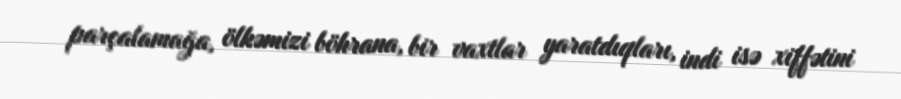
parçalamağa, ölkəmizi böhrana, bir vaxtlar yaratdıqları, indi isə xiffətini